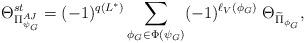
LaTeX: \begin{align*}\Theta_{ \Pi_{\psi_G}^{AJ}}^{st}= (-1)^{q(L^*)} \sum_{\phi_G \in \Phi(\psi_G)} (-1)^{\ell_V(\phi_G)} \; \Theta_ {\widetilde \Pi_ {\phi_G}},\end{align*}